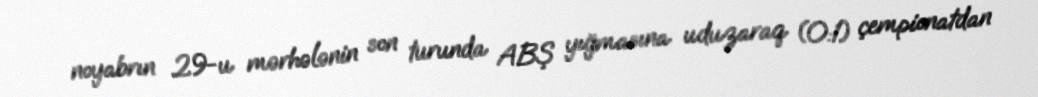
noyabrın 29-u mərhələnin son turunda ABŞ yığmasına uduzaraq (0:1) çempionatdan